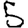
Digit: 5